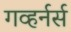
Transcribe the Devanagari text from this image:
गव्हर्नर्स